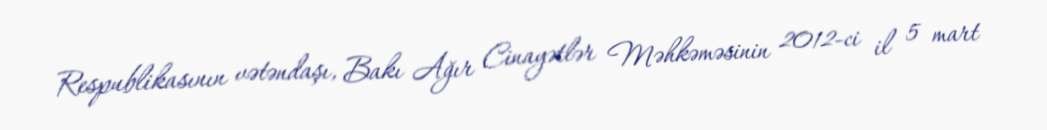
Respublikasının vətəndaşı, Bakı Ağır Cinayətlər Məhkəməsinin 2012-ci il 5 mart